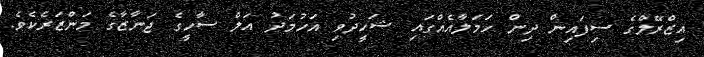
އިޒްރޭލްގެ ސިފައިން ދިން ހަމަލާއެއްގައި ޝަހީދުވި އަހުމަދު އަލް ސާހީގެ ޖަނާޒާގެ މަންޒަރެކެވެ.